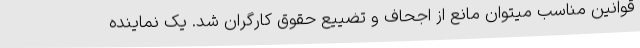
قوانین مناسب میتوان مانع از اجحاف و تضییع حقوق کارگران شد. یک نماینده